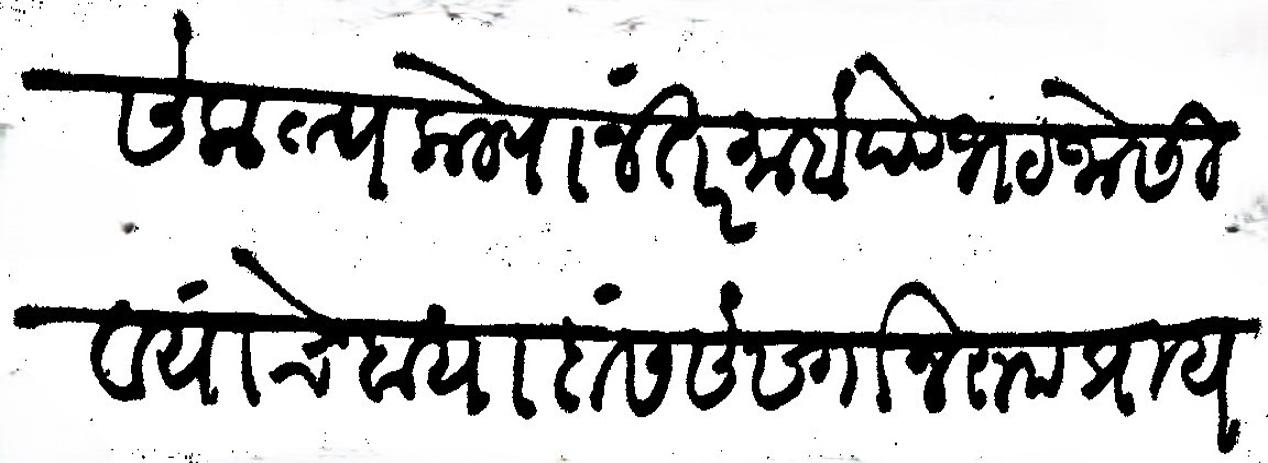
Transliteration (Devanagari): संकल्प केल्यानंतर माहादेवभट जोसी व यांचे दायादांस संसर्गानरूप प्रायश्चित